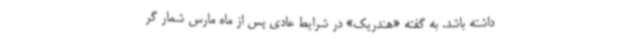
داشته باشد. به گفته «هندریک» در شرایط عادی پس از ماه مارس شمار گر